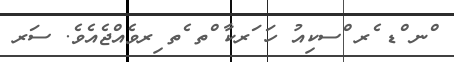
ްނ ްޑ ެރ ްސކިއު ހަ ަރކާ ްތ ެތ ިރވެއްޖެއެވެ. ސަރ